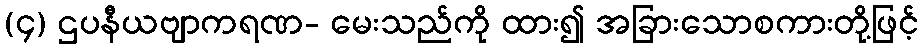
(၄) ဌပနီယဗျာကရဏ- မေးသည်ကို ထား၍ အခြားသောစကားတို့ဖြင့်